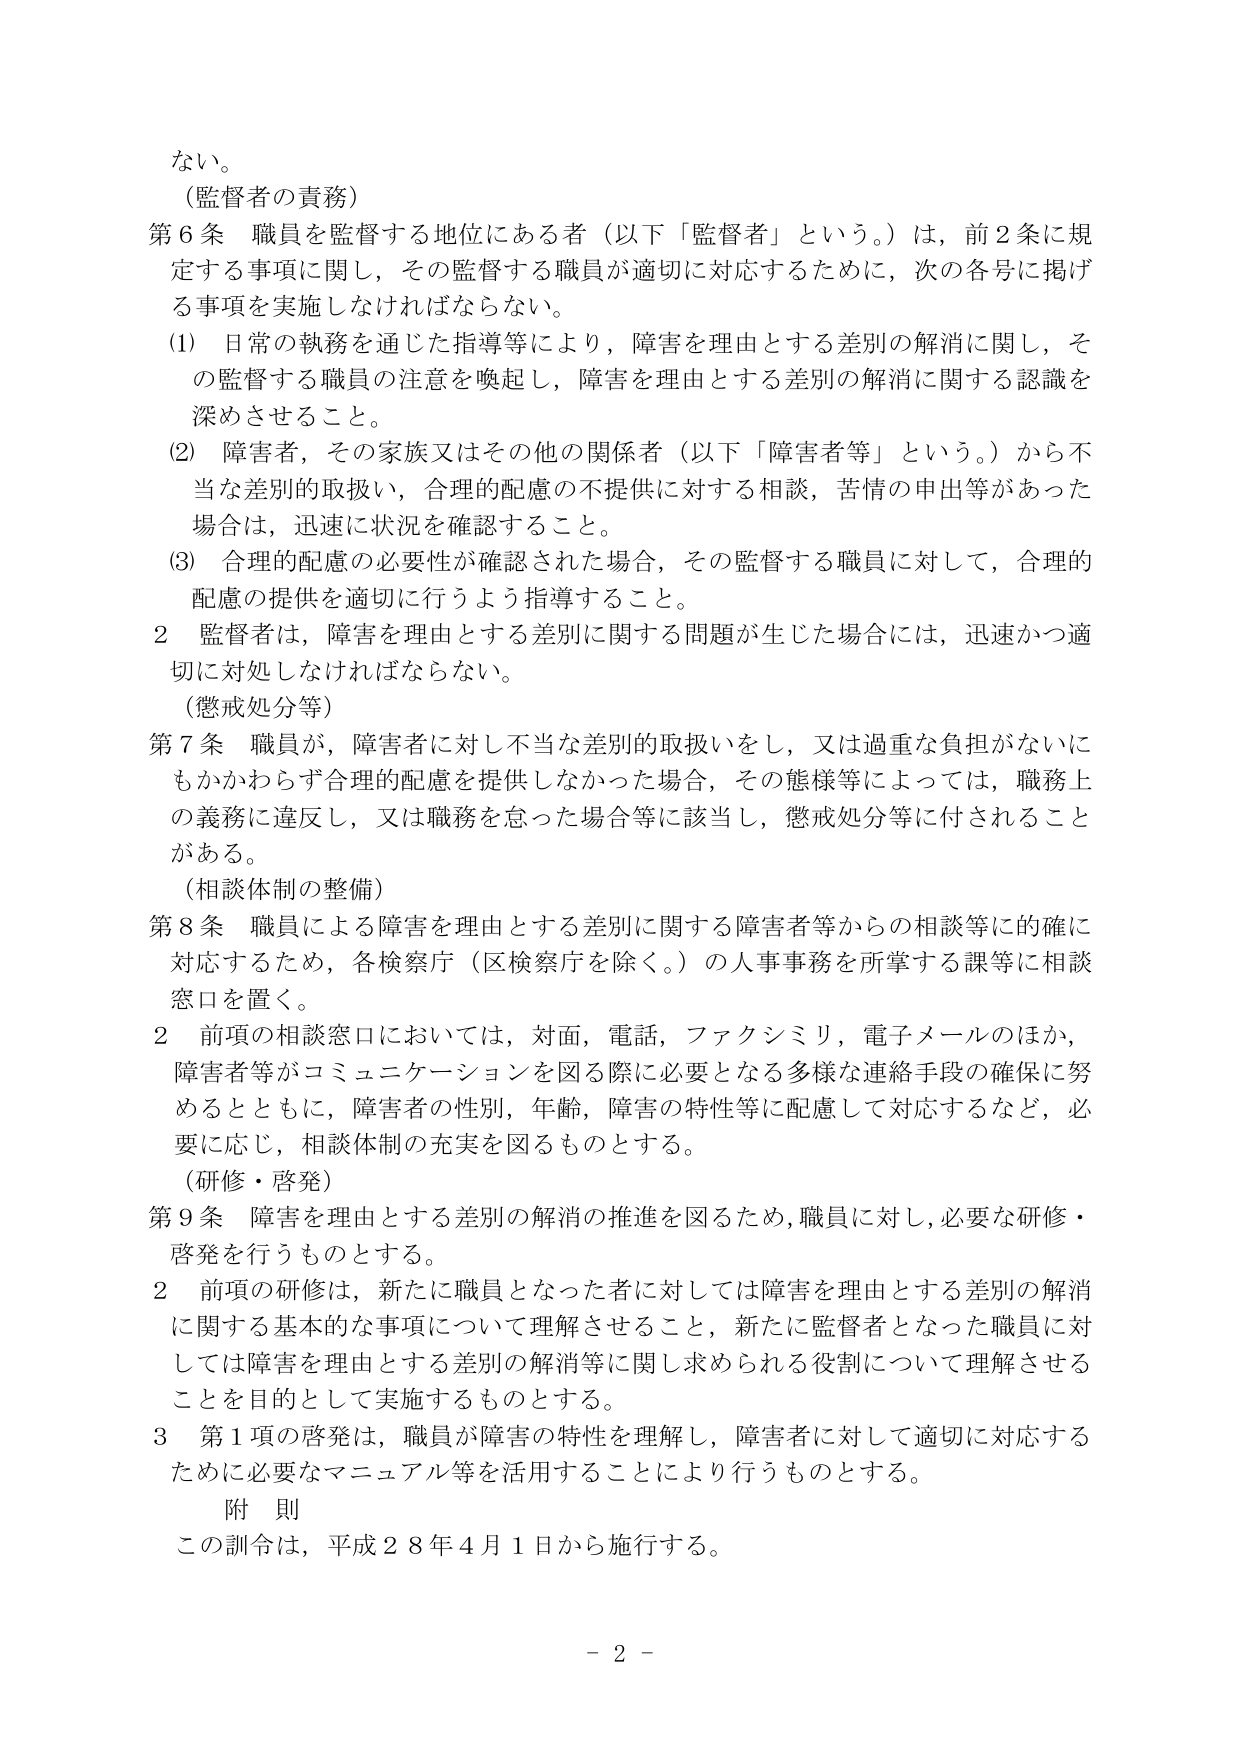
ない。

（監督者の責務）

第６条 職員を監督する地位にある者（以下「監督者」という。）は、前２条に規定する事項に関し、その監督する職員が適切に対応するために、次の各号に掲げる事項を実施しなければならない。

（1） 日常の執務を通じた指導等により、障害を理由とする差別の解消に関し、その監督する職員の注意を喚起し、障害を理由とする差別の解消に関する認識を深めさせること。

（2） 障害者、その家族又はその他の関係者（以下「障害者等」という。）から不当な差別的取扱い、合理的配慮の不提供に対する相談、苦情の申出等があった場合は、迅速に状況を確認すること。

（3） 合理的配慮の必要性が確認された場合、その監督する職員に対して、合理的配慮の提供を適切に行うよう指導すること。

２ 監督者は、障害を理由とする差別に関する問題が生じた場合には、迅速かつ適切に対処しなければならない。

（懲戒処分等）

第７条 職員が、障害者に対し不当な差別的取扱いをし、又は過重な負担がないにもかかわらず合理的配慮を提供しなかった場合、その様態等によっては、職務上の義務に違反し、又は職務を怠った場合等に該当し、懲戒処分等に付されることがある。

（相談体制の整備）

第８条 職員による障害を理由とする差別に関する障害者等からの相談等に的確に対応するため、各検察庁（区検察庁を除く。）の人事事務を所掌する課等に相談窓口を置く。

２ 前項の相談窓口においては、対面、電話、ファクシミリ、電子メールのほか、障害者等がコミュニケーションを図る際に必要となる多様な連絡手段の確保に努めるとともに、障害者の性別、年齢、障害の特性等に配慮して対応するなど、必要に応じ、相談体制の充実を図るものとする。

（研修・啓発）

第９条 障害を理由とする差別の解消の推進を図るため、職員に対し、必要な研修・啓発を行うものとする。

２ 前項の研修は、新たに職員となった者に対しては障害を理由とする差別の解消に関する基本的な事項について理解させること、新たに監督者となった職員に対しては障害を理由とする差別の解消等に関し求められる役割について理解させることを目的として実施するものとする。

３ 第１項の啓発は、職員が障害の特性を理解し、障害者に対して適切に対応するために必要なマニュアル等を活用することにより行うものとする。

附 則

この訓令は、平成２８年４月１日から施行する。

－ 2 －